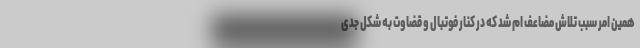
همین امر سبب تلاش مضاعف ام شد که در کنار فوتبال و قضاوت به شکل جدی